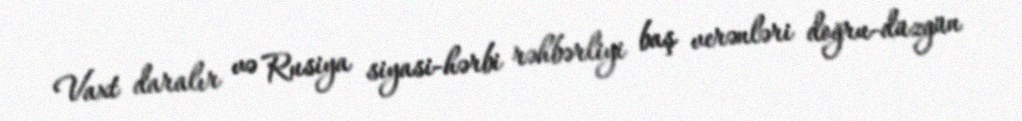
Vaxt daralır və Rusiya siyasi-hərbi rəhbərliyi baş verənləri doğru-düzgün